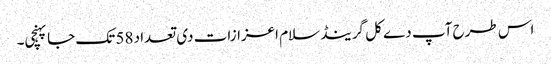
اس طرح آپ دے کل گرینڈ سلام اعزازات د‏‏ی تعداد 58 تک جا پہنچی۔